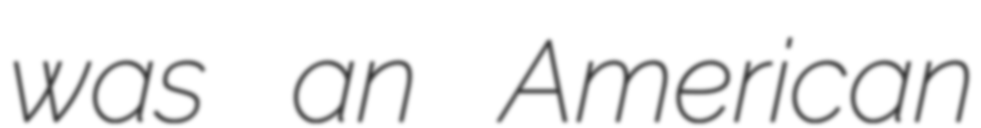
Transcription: was an American